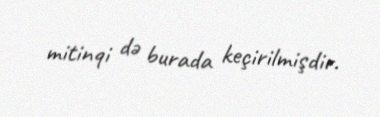
mitinqi də burada keçirilmişdir.